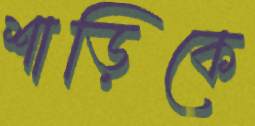
শাড়িকে